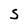
Character: S